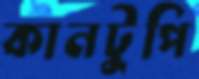
কানটুপি